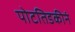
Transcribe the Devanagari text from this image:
पोटतिडकीनं